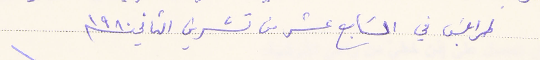
طرابلسَ في السَابع عشر من تشرين الثاني ١٩٨٠